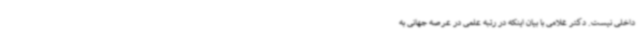
داخلی نیست. دکتر غلامی با بیان اینکه در رتبه علمی در عرصه جهانی به